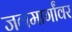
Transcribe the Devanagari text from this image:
जलमार्गांवर